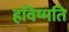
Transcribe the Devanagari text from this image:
हविष्मति